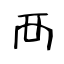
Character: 襾